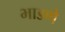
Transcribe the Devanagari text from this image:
भाडणे